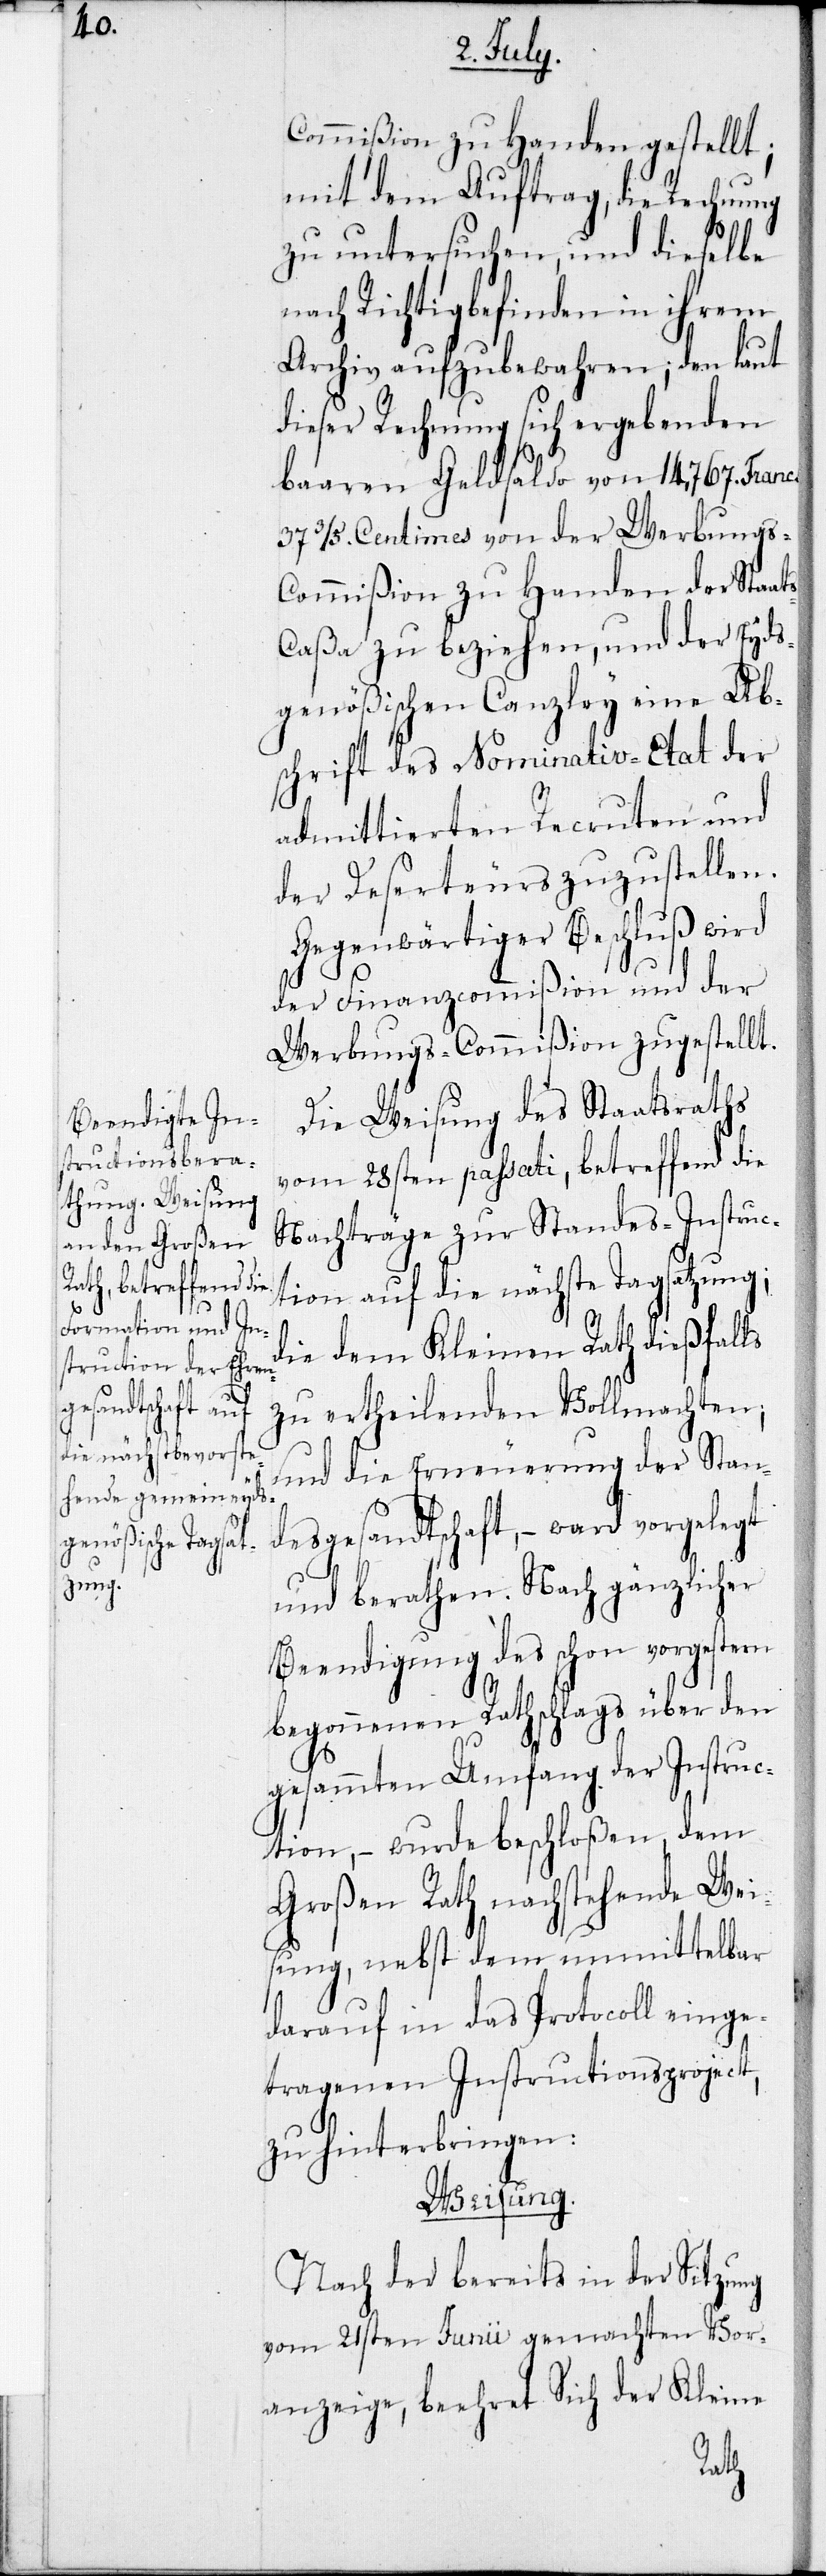
Commißion zu Handen gestellt;
mit dem Auftrag, die Rechnung
zu untersuchen, und dieselbe
nach Richtigbefinden in ihrem
Archiv aufzubewahren; den laut
dieser Rechnung sich ergebenden
baaren Geldsaldo von 14,767. Franc,
37 3/5 Centimes von der Werbungs-C¬
ommißion zu Handen der Staat¬
s-Caßa zu beziehen, und der Eyds¬
genößischen Canzley eine Ab¬
schrift des Nominativ-Etat der
admittierten Recruten und
der Deserteurs zuzustellen.
Gegenwärtiger Beschluß wird
der Finanzcommißion und der
Werbungs-Commißion zugestellt.
Die Weisung des Staatsraths
vom 28sten passati, betreffend die
Nachträge zur Standes-Instruc¬
tion auf die nächste Tagsatzung;
die dem Kleinen Rath dießfalls
zu ertheilenden Vollmachten;
und die Erneuerung der Stand¬
esgesandtschaft, – ward vorgelegt
und berathen. Nach gänzlicher
Beendigung des schon vorgestern
begonnenen Rathschlags über den
gesamten Umfang der Instruc¬
tion, – wurde beschloßen, dem
Großen Rath nachstehende Wei¬
sung, nebst dem unmittelbar
darauf in das Protocoll einge¬
tragenen Instructionsproject
zu hinterbringen:
Weisung.
Nach der bereits in der Sitzung
vom 21sten Junii gemachten Vor¬
anzeige, beehret Sich der Kleine